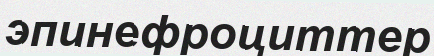
эпинефроциттер